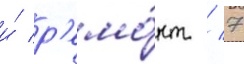
и́ р'емо́нт / 7